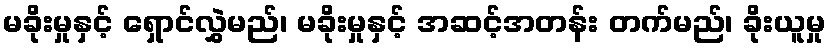
မခိုးမှုနှင့် ရှောင်လွှဲမည်၊ မခိုးမှုနှင့် အဆင့်အတန်း တက်မည်၊ ခိုးယူမှု